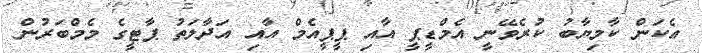
އެކަން ކާމިޔާބު ކުރެވޭނީ އެމްޑީޕީ އާއި ޕީޕީއެމް އާއި އަދާލަތު ޕާޓީގެ މެމްބަރުން